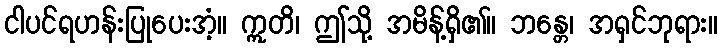
ငါပင်ရဟန်းပြုပေးအံ့။ ဣတိ၊ ဤသို့ အမိန့်ရှိ၏။ ဘန္တေ၊ အရှင်ဘုရား။